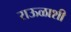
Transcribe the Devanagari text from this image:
राऊळाशी